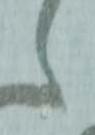
々